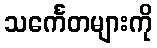
သင်္ကေတများကို